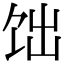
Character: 饳